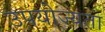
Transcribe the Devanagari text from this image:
उपयोज्यता